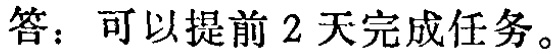
答：可以提前 2 天完成任务。